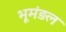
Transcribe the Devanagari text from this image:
भूमंड़ल